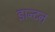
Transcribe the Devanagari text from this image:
डान्टन